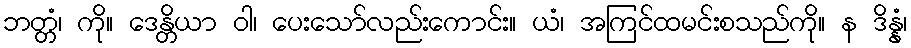
ဘတ္တံ၊ ကို။ ဒေန္တိယာ ဝါ၊ ပေးသော်လည်းကောင်း။ ယံ၊ အကြင်ထမင်းစသည်ကို။ န ဒိန္နံ၊